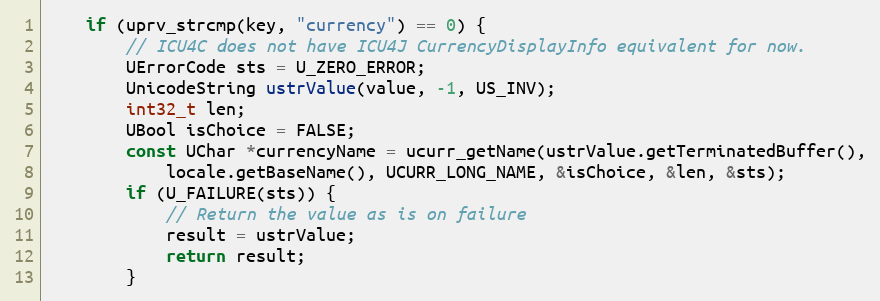
Language: C++
    if (uprv_strcmp(key, "currency") == 0) {
        // ICU4C does not have ICU4J CurrencyDisplayInfo equivalent for now.
        UErrorCode sts = U_ZERO_ERROR;
        UnicodeString ustrValue(value, -1, US_INV);
        int32_t len;
        UBool isChoice = FALSE;
        const UChar *currencyName = ucurr_getName(ustrValue.getTerminatedBuffer(),
            locale.getBaseName(), UCURR_LONG_NAME, &isChoice, &len, &sts);
        if (U_FAILURE(sts)) {
            // Return the value as is on failure
            result = ustrValue;
            return result;
        }